画像に写った文字を読んでください
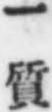
「一質」と書いてあります